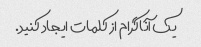
یک آناگرام از کلمات ایجاد کنید.